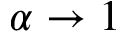
\alpha \to 1